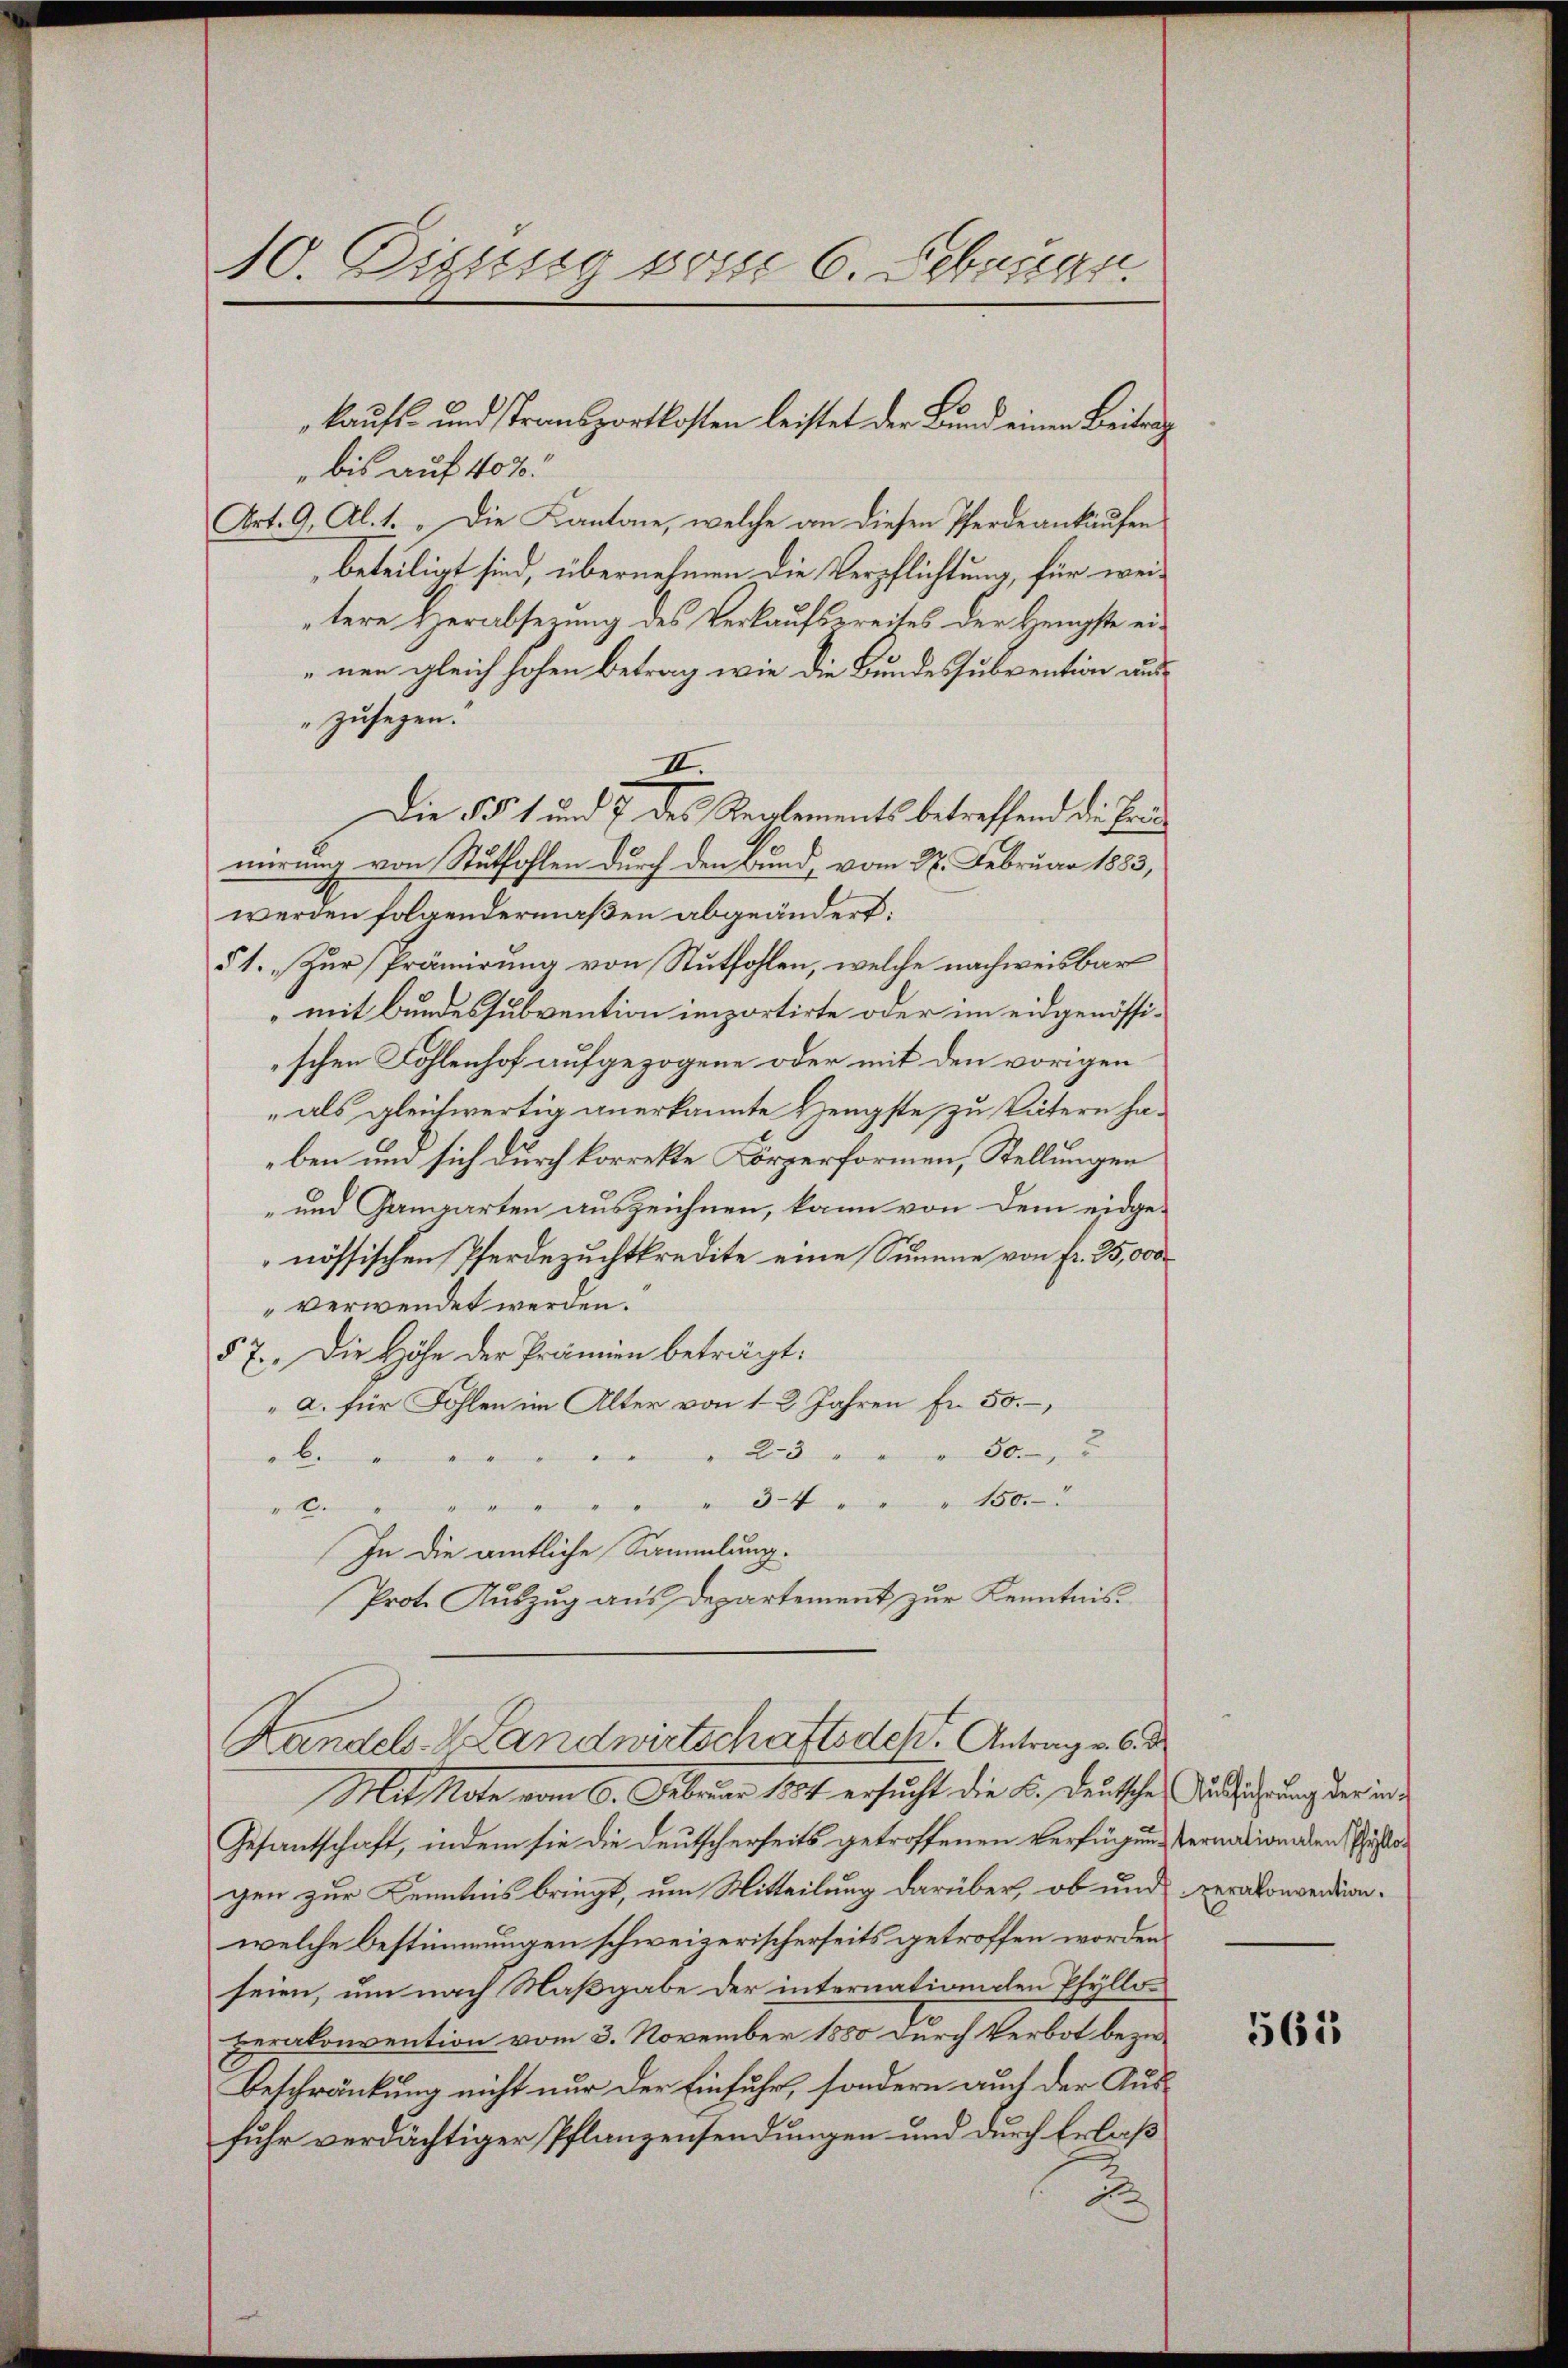
10. Dissesso posse 6. Februar.

bis auf 40%
Art. 9, Al. 1. „Die Kantone, welche an diesen Pferde ankäufen
beteiligt sind, übernehmen die Verpflichtung, für weitere Herabsezung des Verkaufsereites der Hengste einen gleich hohen Betrag wie die Bundessubvention aus¬
"zusehen.
II.
Die § 1 und 7 des Reglements betreffend die Prinmierung von Stutfohlen durch den Bund, vom 28. Februar 1883,
werden folgendermaßen abgeändert:
§1. „Zur Prämirung von Stutfohlen, welche nachweisbar
„mit Bundessubvention importirte oder im eidgenössischen Fohlenhof aufgezogene oder mit den vorigen
" als gleichwertig anerkannte Hengste, zu Vätern haben und sich durch korrekte Körperformen, Stellungen
-und Gangarten auszeichnen, kann von dem eidge-
nössischen Pferdezuchtkredite eine Summe von fr. 25,000
verwendet werden.
57. Die Höhe der Prämien beträgt:
a. für Fohlen im Alter von 12 Jahren Fr. 50.
23
50.
b.
" 3-4 " " " 150.
2.
In die amtliche Sammlung.
Prot. Auszug aus Departement zur Kenntnis¬
Handels- Landwirtschaftsdek, Antrag v. 6. d
Mit Note vom 16. Februar 1891 ersucht die L., deutscher Wildsährung der in de
Gesantschaft, indem sie die Deutscherheits getroffenen Verfügung ernation den histogen zur Kenntnis bringt, um Mitteilung darüber, ob und verakonvention.
welche Bestimmungen schweizerischerseits getroffen worden.
seien, um nach Maßgabe der internationalen Pfyllo¬
Herakonvention vom 3. November 1880 durch Verbot bezie-
Beschränkung nicht nur der Einfuhr, sondern auch der Ausfuhr verdächtiger Pflanzensendungen und durch Erlaß
d

kaufs- und Transportkosten leistet der Bund einen Beitrag

565